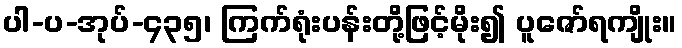
ပါ-ပ-အုပ်-၄၃၅၊ ကြက်ရုံးပန်းတို့ဖြင့်မိုး၍ ပူဇော်ရကျိုး။